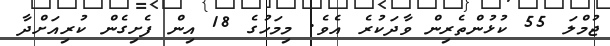
ޖުމްލަ 55 ކުޅުންތެރިން ވާދަކުރެ އެވެ. މިމަހުގެ 18 އިން ފެށިގެން ކުރިއަށްދާ